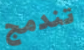
تندمج